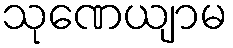
သုဏေယျာမ